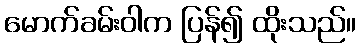
မောက်ခမ်းဝါက ပြန်၍ ထိုးသည်။